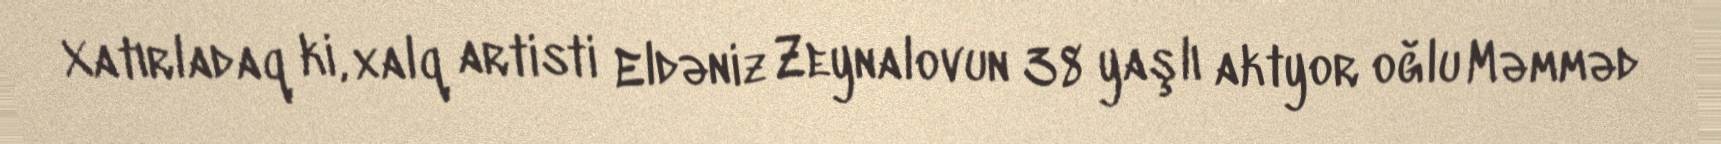
Xatırladaq ki, xalq artisti Eldəniz Zeynalovun 38 yaşlı aktyor oğlu Məmməd